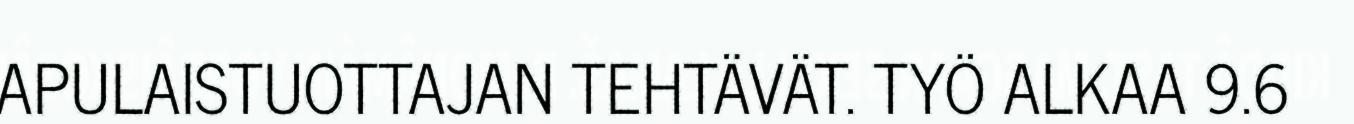
APULAISTUOTTAJAN TEHTÄVÄT. TYÖ ALKAA 9.6